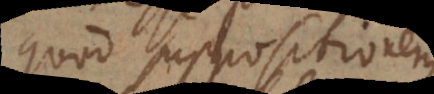
quod suppositionem